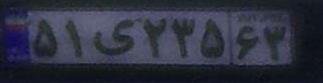
۵۱ی۲۳۵۶۳